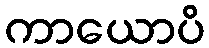
ကာယောပိ